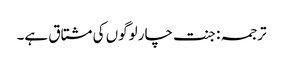
ترجمہ : جنت چار لوگوں کی مشتاق ہے۔